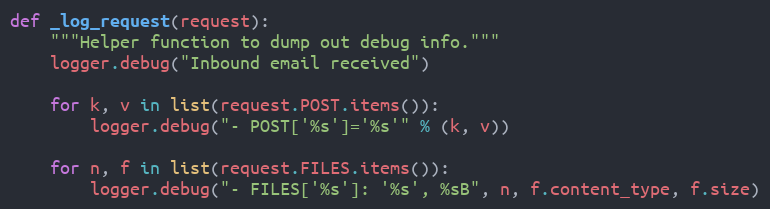
Language: Python
def _log_request(request):
    """Helper function to dump out debug info."""
    logger.debug("Inbound email received")

    for k, v in list(request.POST.items()):
        logger.debug("- POST['%s']='%s'" % (k, v))

    for n, f in list(request.FILES.items()):
        logger.debug("- FILES['%s']: '%s', %sB", n, f.content_type, f.size)